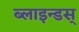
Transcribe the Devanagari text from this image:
ब्लाइन्डस्